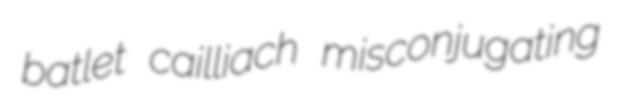
batlet cailliach misconjugating